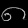
Digit: ၈